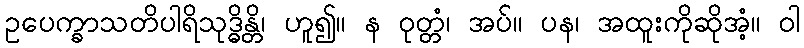
ဥပေက္ခာသတိပါရိသုဒ္ဓိန္တိ၊ ဟူ၍။ န ဝုတ္တံ၊ အပ်။ ပန၊ အထူးကိုဆိုအံ့။ ဝါ